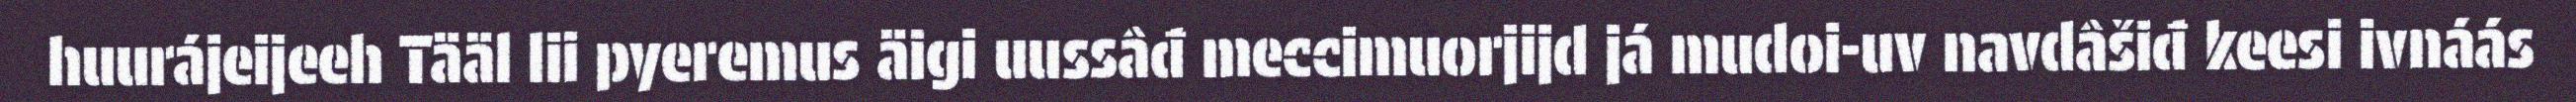
huurájeijeeh Tääl lii pyeremus äigi uussâđ meccimuorjijd já mudoi-uv navdâšiđ keesi ivnáás